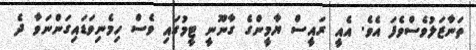
ތަނާޒަލުވެސްވެފަ އެވެ. އެއީ ރައީސް ޔާމީންގެ ގާނޫނީ ޓީމުގައި ވެސް ހިމެނިވަޑައިގަންނަވާ ދެ